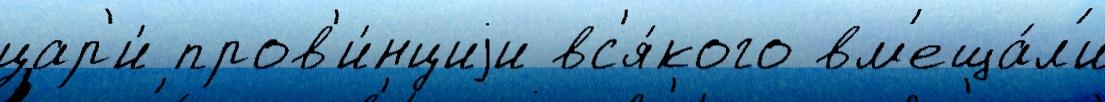
цар'и́ пров'и́нциjи вс'я́кого вм'еща́л'и